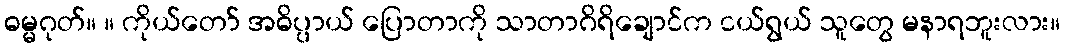
ဓမ္မဂုတ်။ ။ ကိုယ်တော် အဓိပ္ပာယ် ပြောတာကို သာတာဂိရိချောင်က ငယ်ရွယ် သူတွေ မနာရဘူးလား။